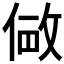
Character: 𫢽